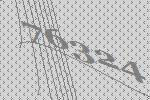
76324